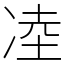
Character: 㓐